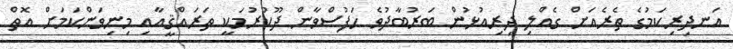
އަނދިރިކަމުގެ ތެރެއަށް ގެއްލި ދިރިއުޅުން ބަރުބާދުވެ ހަފުސްވާން ދޫކުރުމަކީ ތަރައްޤީއާއި މިނިވަންކަމަށް އޮތް